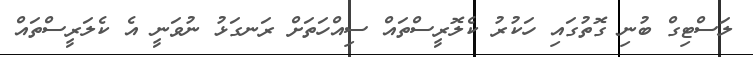
ލަސްޓިގް ބުނި ގޮތުގައި ހަކުރު ކެލޮރީސްތައް ސިއްހަތަށް ރަނގަޅު ނުވަނީ އެ ކެލަރީސްތައް